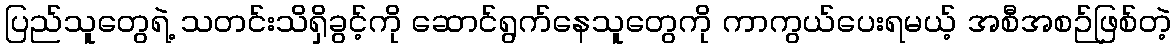
ပြည်သူတွေရဲ့ သတင်းသိရှိခွင့်ကို ဆောင်ရွက်နေသူတွေကို ကာကွယ်ပေးရမယ့် အစီအစဉ်ဖြစ်တဲ့